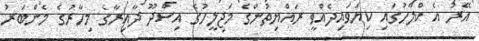
އޭރު އެ ކްލާހުގައި ކިޔަވައިދެއްވީ ރައްޔިތުންގެ މަޖިލީހުގެ އިސްދޫ ދާއިރާގެ މިހާރުގެ މެންބަރު